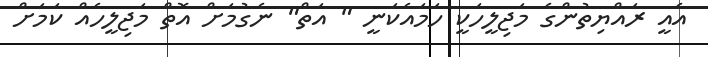
އެއީ ރައްޔިތުންގެ މަޖިލީހަކީ ހަމައެކަނީ " އަތް" ނެގުމަށް އޮތް މަޖިލީހެއް ކަމަށް